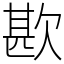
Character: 歁